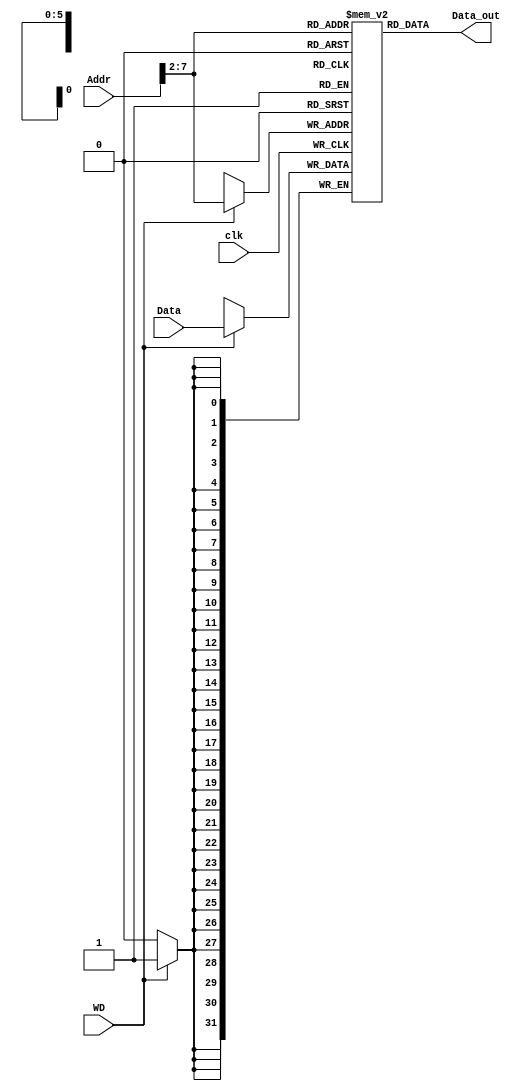
module Data_mem (
  input [31:0] Addr,
  input [31:0] Data,
  input WD,clk,
  output [31:0] Data_out
);
reg [31:0] ram [63:0];
always@(posedge clk)
begin
  if(WD)
  ram[Addr[31:2]] <= Data;
end

assign Data_out = ram[Addr[31:2]];

endmodule